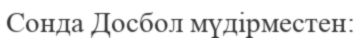
Сонда Досбол мүдірместен: